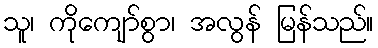
သူ၊ ကိုကျော်စွာ၊ အလွန် မြန်သည်။